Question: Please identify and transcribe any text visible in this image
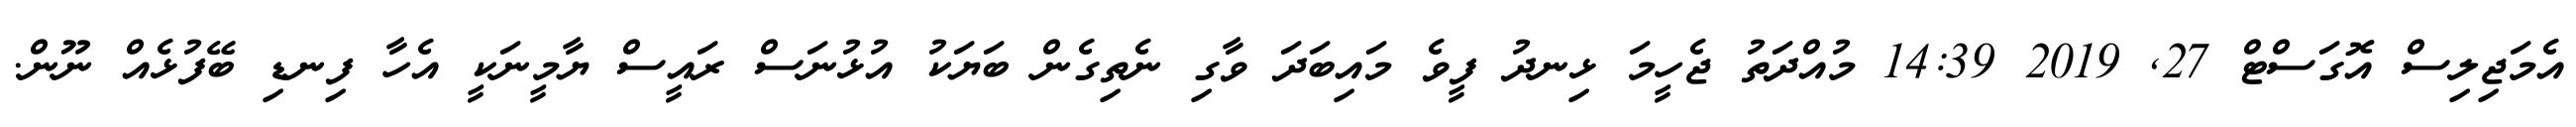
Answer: އެމަޖިލިސް އޮގަސްޓް 27, 2019 14:39 މުއްދަތު ޖެހީމަ ޅިނދު ފީވެ މައިބަދަ ވާގި ނެތިގެން ބަޔަކު އުޅުނަސް ރައީސް ޔާމީނަކީ އެހާ ފިނޑި ބޭފުޅެއް ނޫން.